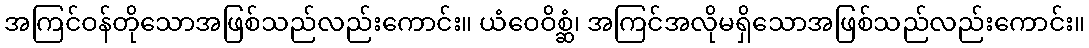
အကြင်ဝန်တိုသောအဖြစ်သည်လည်းကောင်း။ ယံဝေဝိစ္ဆံ၊ အကြင်အလိုမရှိသောအဖြစ်သည်လည်းကောင်း။